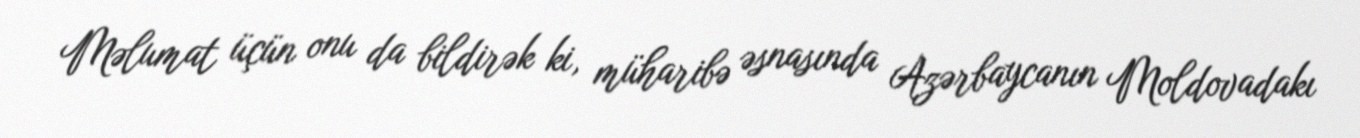
Məlumat üçün onu da bildirək ki, müharibə əsnasında Azərbaycanın Moldovadakı